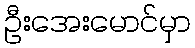
ဦးအေးမောင်မှာ